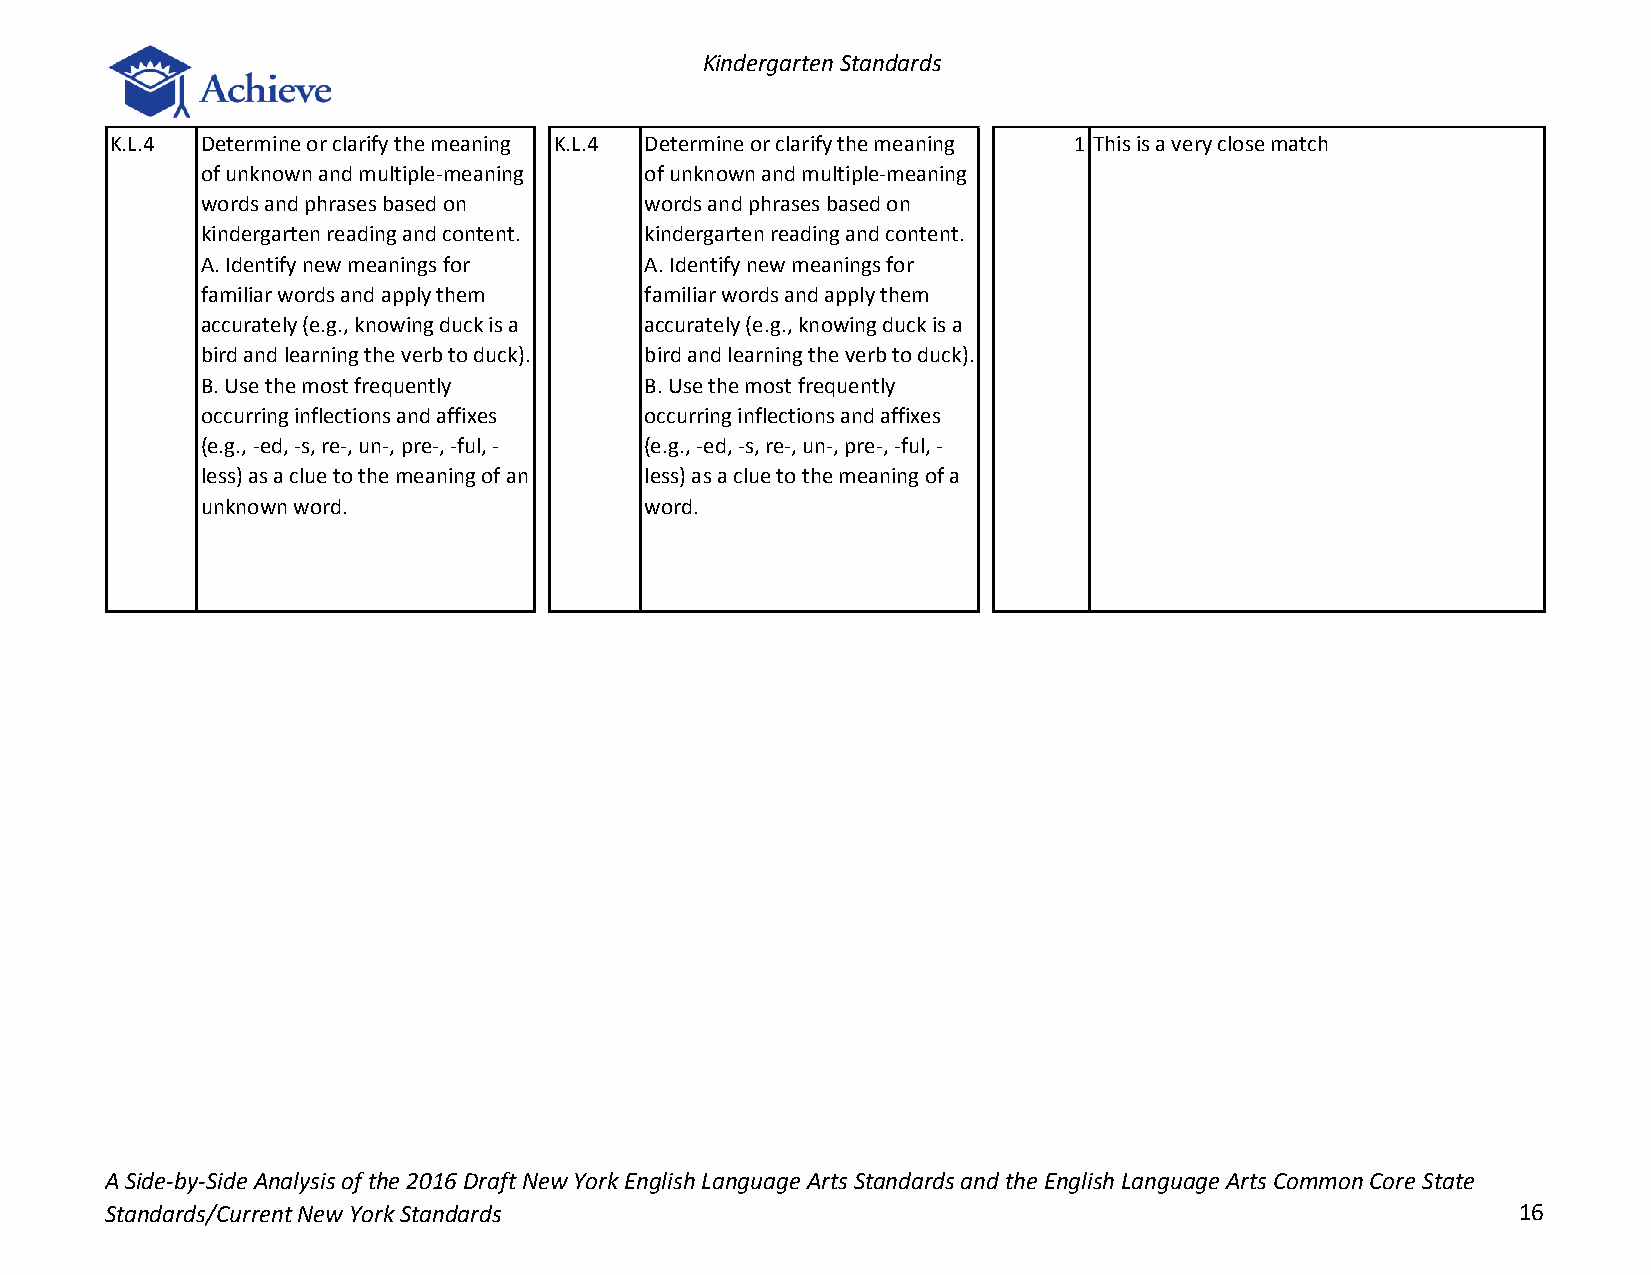
Kindergarten Standards
 K.L.4 Determine or clarify the meaning K.L.4 Determine or clarify the meaning 1 This is a very close match
 of unknown and multiple-meaning of unknown and multiple-meaning
 words and phrases based on    words and phrases based on
 kindergarten reading and content. kindergarten reading and content.
 A. Identify new meanings for  A. Identify new meanings for
 familiar words and apply them familiar words and apply them
 accurately (e.g., knowing duck is a accurately (e.g., knowing duck is a
 bird and learning the verb to duck). bird and learning the verb to duck).
 B. Use the most frequently    B. Use the most frequently
 occurring inflections and affixes occurring inflections and affixes
 (e.g., -ed, -s, re-, un-, pre-, -ful, - (e.g., -ed, -s, re-, un-, pre-, -ful, -
 less) as a clue to the meaning of an less) as a clue to the meaning of a
 unknown word.                 word.
 A Side-by-Side Analysis of the 2016 Draft New York English Language Arts Standards and the English Language Arts Common Core State
 Standards/Current New York Standards                                                         16